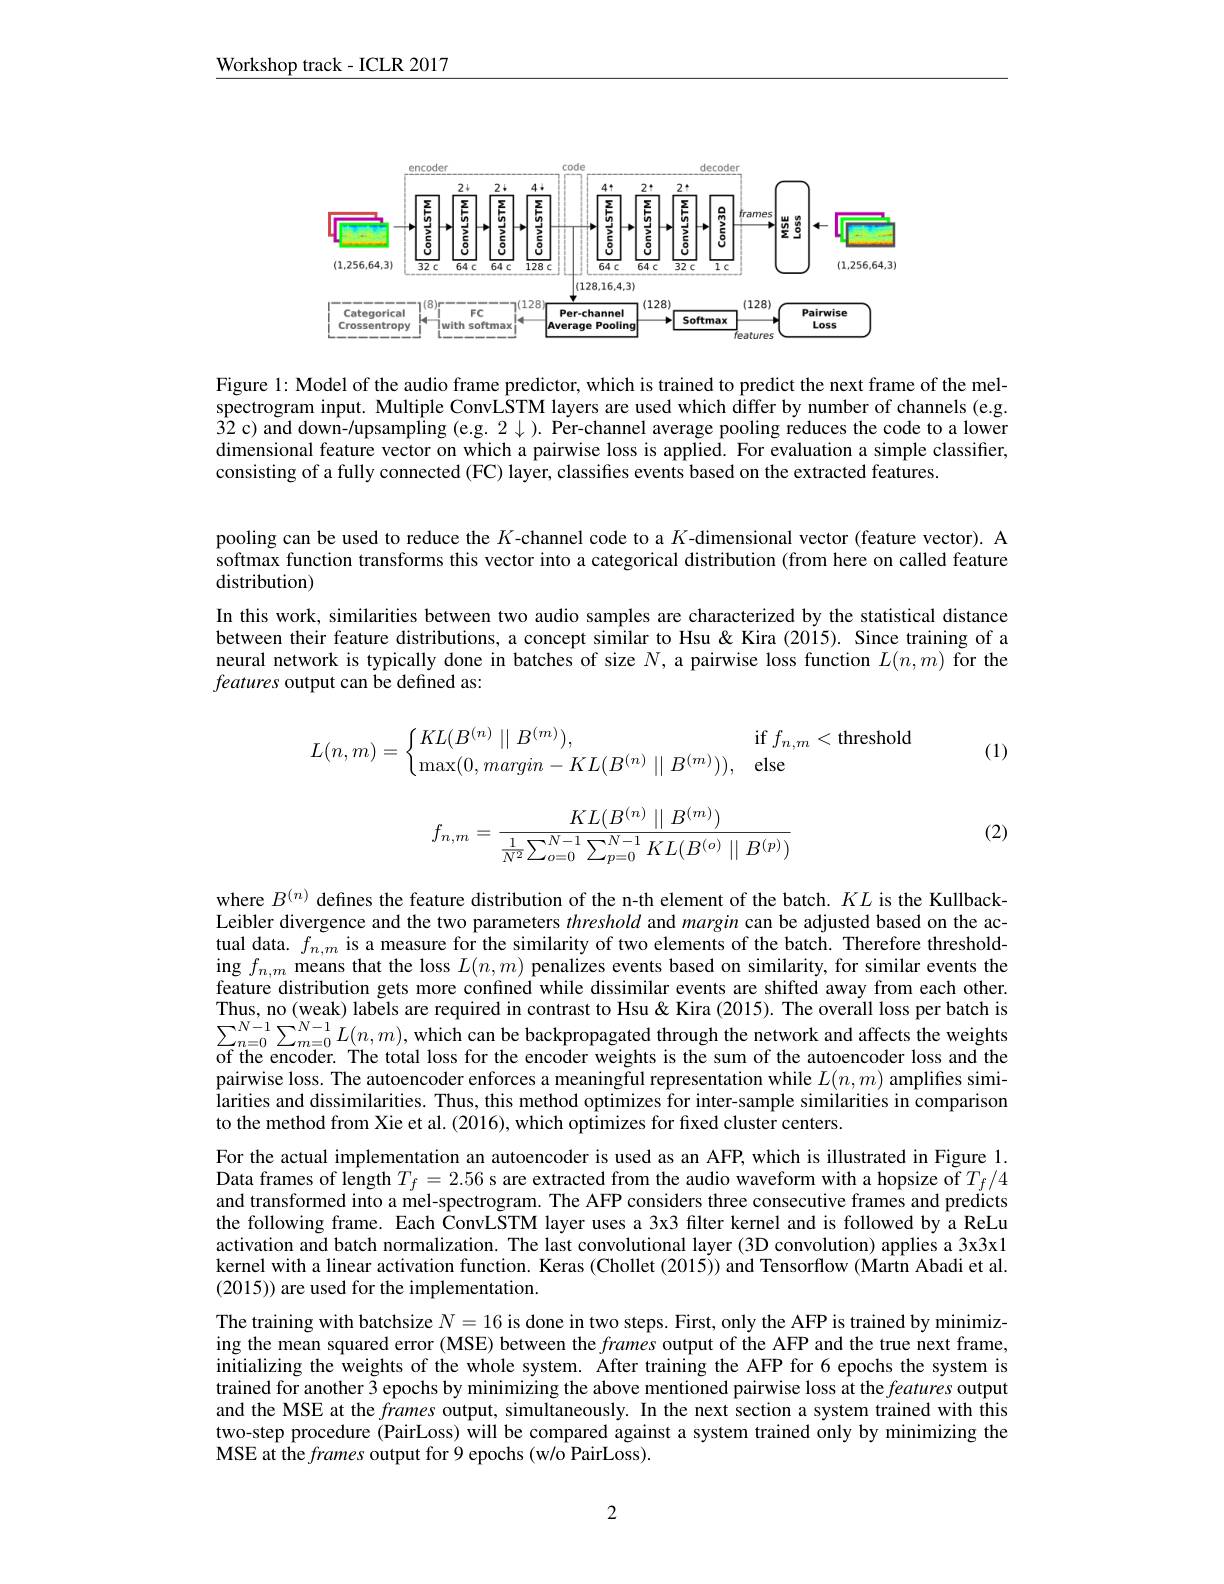
$\underline{\text{Workshop track-ICLR 2017}}$

<FigureHere>

Figure 1: Model of the audio frame predictor, which is trained to predict the next frame of the melspectrogram input. Multiple ConvLSTM layers are used which differ by number of channels (e.g. $\hat{3}2$ c) and down-/upsampling (e.g. 2$\downarrow).$ Per-channel average pooling reduces the code to a lower dimensional feature vector on which a pairwise loss is applied. For evaluation a simple classifier, consisting of a fully connected (FC) layer, classifies events based on the extracted features.

pooling can be used to reduce the $K$-channel code to a $K$-dimensional vector (feature vector). A softmax function transforms this vector into a categorical distribution (from here on called feature distribution)

In this work, similarities between two audio samples are characterized by the statistical distance between their feature distributions, a concept similar to Hsu&Kira (2015). Since training of a neural network is typically done in batches of size $N$,a pairwise loss function $L(n,m)$ for the features output can be defined as:
$$L(n,m)=\left\{\begin{matrix}KL(B^{(n)}\mid\mid B^{(m)}),&\text{if}f_{n,m}<\text{threshold}\\\max(0,margin-KL(B^{(n)}\mid\mid B^{(m)})),&\text{else}\end{matrix}\right.$$
(1)

(2)
$$f_{n,m}=\frac{KL(B^{(n)}\parallel B^{(m)})}{\frac{1}{N^2}\sum_{o=0}^{N-1}\sum_{p=0}^{N-1}KL(B^{(o)}\parallel B^{(p)})}$$
where $B^{(n)}$ defines the feature distribution of the n-th element of the batch. $KL$ is the KullbackLeibler divergence and the two parameters threshold and margin can be adjusted based on the actual data. $f_n,m$ is a measure for the similarity of two elements of the batch. Therefore thresholding $f_{n,m}$ means that the loss $L(n,m)$ penalizes events based on similarity, for similar events the feature distribution gets more confined while dissimilar events are shifted away from each other. Thus, no (weak) labels are required in contrast to Hsu &Kira (2015). The overall loss per batch is $\sum_{n=0}^{N-1}\sum_{m=0}^{N-1}L(n,m)$,which can be backpropagated through the network and affects the weightsof the entoer the weightson the the weighter The total loss for the encoder weights is the sum of the autoencoder loss and the pairwise loss. The autoencoder enforces a meaningful representation while $L(n,m)$ amplifies similarities and dissimilarities. Thus, this method optimizes for inter-sample similarities in comparison to the method from Xie et al. (2016), which optimizes for fixed cluster centers.
For the actual implementation an autoencoder is used as an AFP, which is illustrated in Figure 1. Data frames of length $T_f=2.56$ s are extracted from the audio waveform with a hopsize of $T_f/4$ and transformed into a mel-spectrogram. The AFP considers three consecutive frames and predicts the following frame. Each ConvLSTM layer uses a 3x3 filter kernel and is followed by a ReLu activation and batch normalization. The last convolutional layer (3D convolution) applies a 3x3x1 kernel with a linear activation function. Keras (Chollet (2015)) and Tensorflow (Martn Abadi et al. (2015)) are used for the implementation.
The training with batchsize $N=16$ is done in two steps. First, only the AFP is trained by minimizing the mean squared error (MSE) between the frames output of the AFP and the true next frame, initializing the weights of the whole system. After training the AFP for 6 epochs the system is $\tilde{\text{trained for another 3 epochs by minimizing the above mentioned pairwise loss at the }features\text{ output}}$ and the MSE at the frames output, simultaneously. In the next section a system trained with this two-step procedure (PairLoss) will be compared against a system trained only by minimizing the MSE at the frames output for 9 epochs (w/o PairLoss).

2